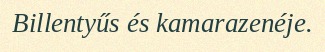
Billentyűs és kamarazenéje.